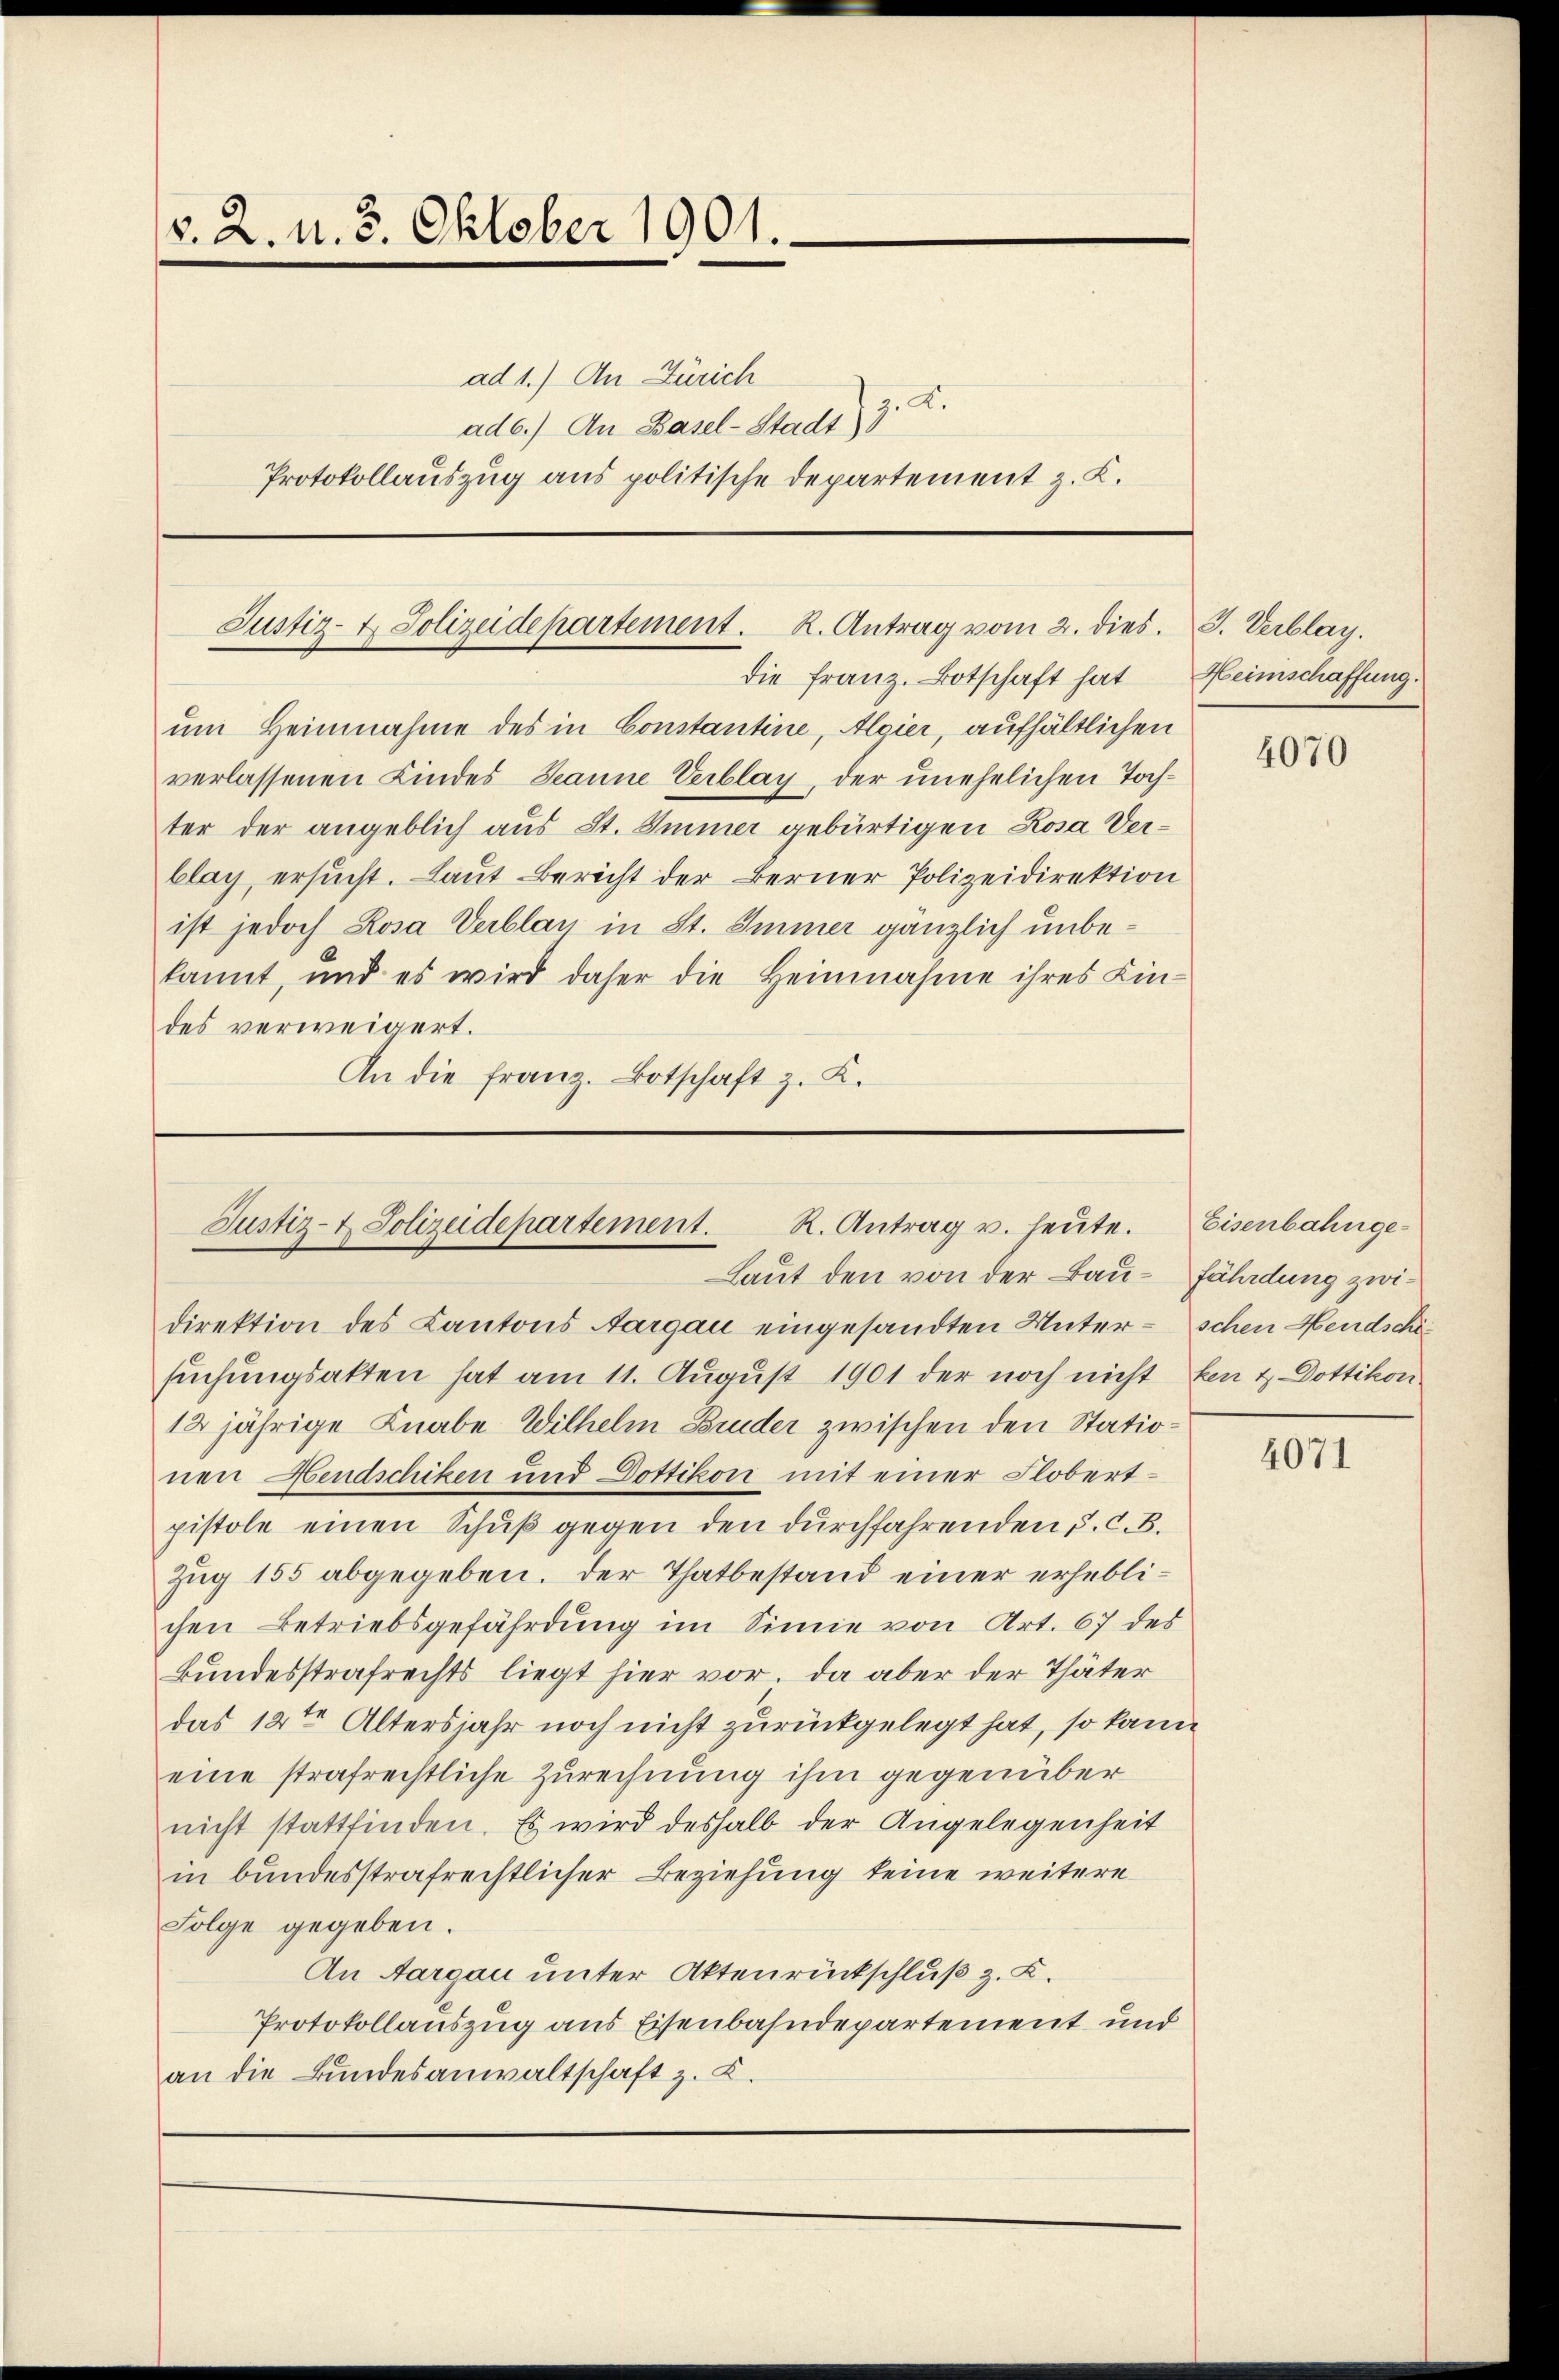
v. 2. N. 3. Oktober 1901.
ad 1.) An Zürich
A.
ade.) An Basel-Stadt) 3
Protokollauszug aus politische Departement z. K.

Justiz- & Polizeidepartement. K. Antrag vom 2. dies. J. Verblag.
die Franz. Botschaft hat Heimschaffung.

um Heimnahme des in Constantine, Algier, aufhältlichen
verlassenen Kindes Jeanne Verblag, der unehelichen Tochter der angeblich aus St. Immer gebürtigen Rosa Verblag, ersucht. Laut Bericht der Berner Polizeidirektion
ist jedoch Rosa Verblan in St. Immer gänzlich unbekannt, und es wird daher die Heinnahme ihres Lin-
des verweigert.
An die franz. Botschaft z. K.

Justiz- & Polizeidepartement. R. Antrag u. heŭte.
Laut den von der Bau- Fährdung zwi¬

direktion des Kantons Aargau eingesandten Unter- schen Hendschäsuchungsakten hat am 11. August 1901 der noch nicht ken & Dottikon
12 jährige Knabe Wilhelm Bruder zwischen den Stationen Hendschiken und Dottikon mit einer Flobertpistole einen Schŭβ gegen den durchfahrenden P. C. B.
Zug 155 abgegeben. Der Thatbestand einer erheblichen Betriebsgefährdung im Sinne von Art. 67 des
Bundesstrafrechts liegt hier vor. Da aber der Thäter
das 12ten Altersjahr noch nicht zurückgelegt hat, so kann
eine strafrechtliche Zurechnung ihm gegenüber
nicht stattfinden. Es wird deshalb der Angelegenheit
in bundesstrafrechtlicher Beziehung keine weitere
Folge gegeben.
An Aargau unter Aktenrückschluß z. B.
Protokollauszug aus Eisenbahndepartement und
an die Bundesanwaltschaft z. K.

4070

Eisenbahnge¬

4071